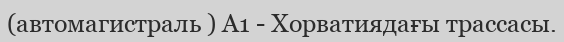
(автомагистраль ) А1 - Хорватиядағы трассасы.